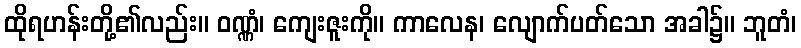
ထိုရဟန်းတို့၏လည်း။ ဝဏ္ဏံ၊ ကျေးဇူးကို။ ကာလေန၊ လျောက်ပတ်သော အခါ၌။ ဘူတံ၊